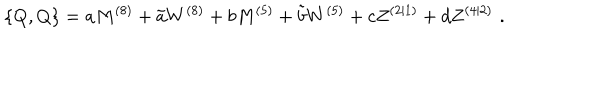
{ } \{ Q , Q \} = a M ^ { ( 8 ) } + \tilde { a } W ^ { ( 8 ) } + b M ^ { ( 5 ) } + \tilde { b } W ^ { ( 5 ) } + c Z ^ { ( 2 | 1 ) } + d Z ^ { ( 4 | 2 ) } \, \, .